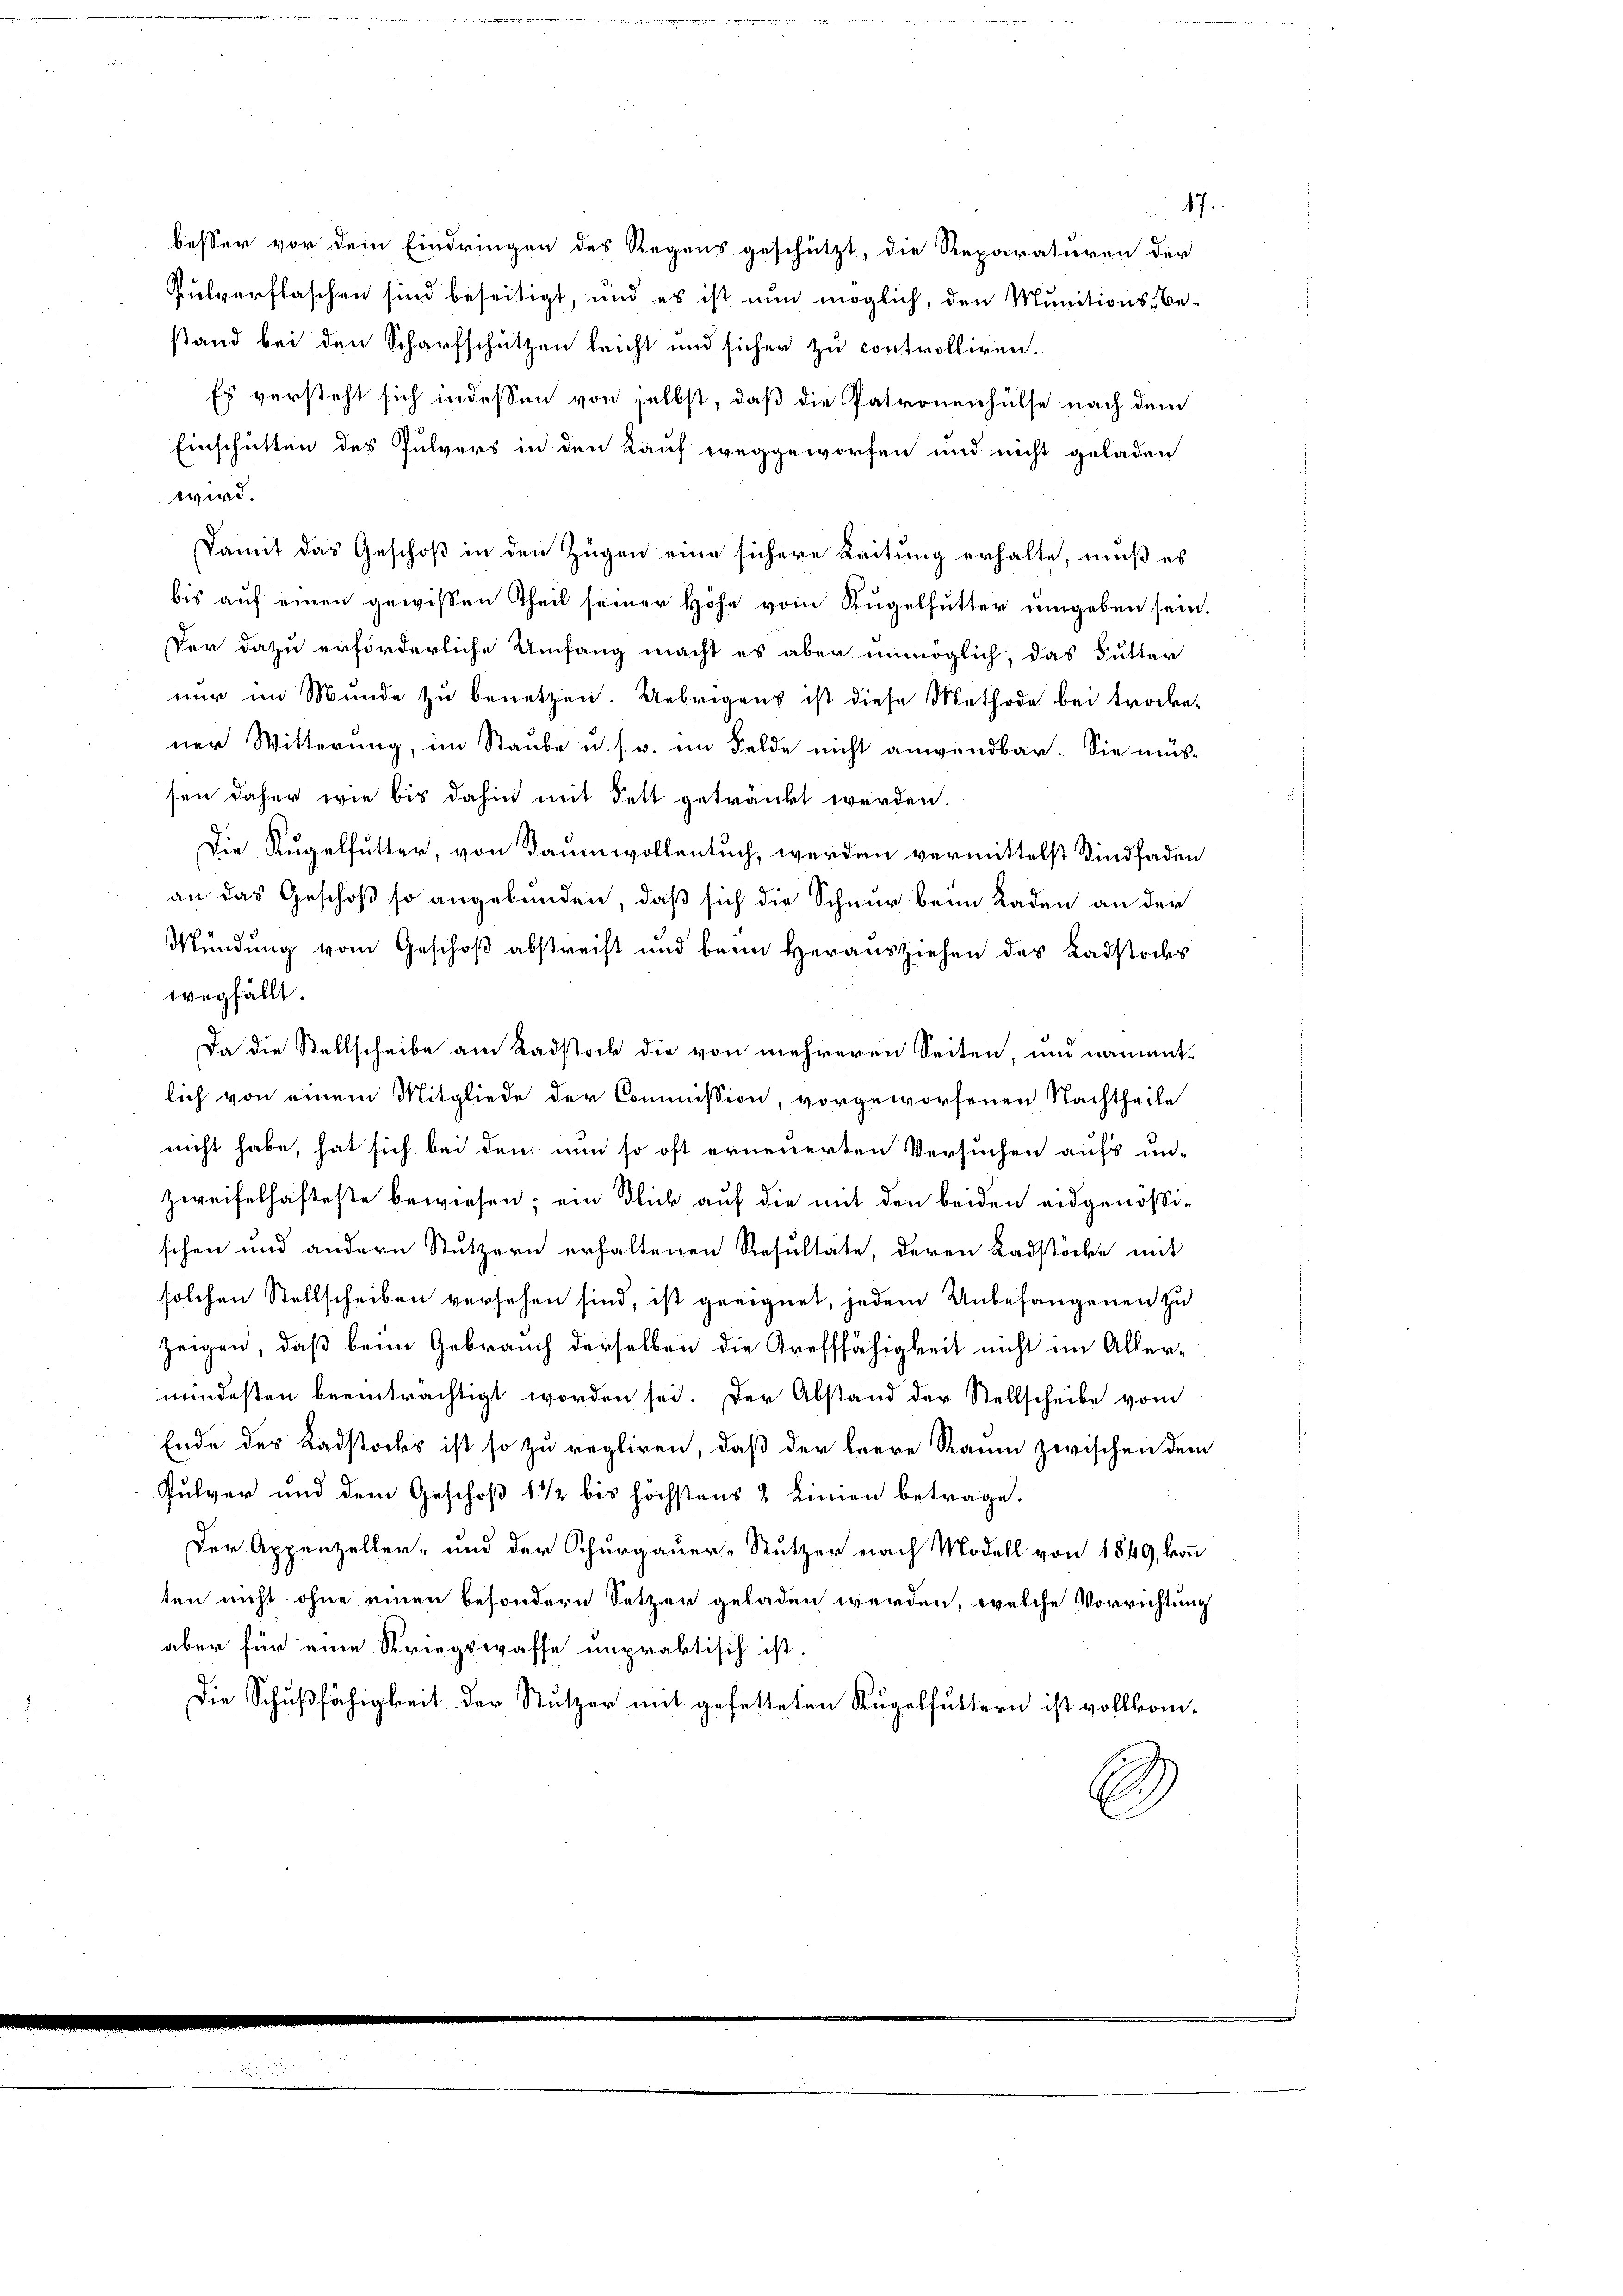
besser vor dem Eindringen des Regens geschützt, die Reparaturen der
Pulverflaschen sind beseitigt, und es ist nun möglich, den Munitions-Be-
stand bei den Scharfschützen leicht und sicher zu controlliren.
Es versteht sich in dessen von selbst, daß die Patronenhülfe nach dem
Einschütten des Pulvers in den Kauf weggeworfen und nicht geladen
wird.
Damit das Geschoß in den Zügen eine sichere Leitung erhalte, muß es
bis auf einen gewissen Theil seiner Höhe vom Kugelfutter umgeben sein.
Ver dazu erforderliche Umfang macht es aber unmöglich, das Futter
nur im Munde zu benetzen. Uebrigens ist diese Methode bei trocke-
ner Witterung, im Staube u. s. w. im Felde nicht anwendbar. Sie müssen daher wie bis dahin mit Fett getränkt werden.
Die Kugelfutter, von Baumwollentuch, werden vermittelst Kindfaden
an das Geschoß so angebunden, daß sich die Schnur beim Laden an der
Mündung vom Geschoß abstreift und beim Herausziehen des Badstockes
wegfällt.
Da die Stellscheibe am Radstock die von mehreren Seiten, und namentlich von einem Mitgliede der Commission, vorgeworfenen Nachtheile
nicht habe, hat sich bei den nun so oft erneuerten Versuchen aufs un-
zweifelhafteste bewiesen; ein Blick auf die mit den beiden eidgenößischen und andern Stutzern erhaltenen Resultäte, deren Ladstöcke mit
solchen Stellscheiben versehen sind, ist geeignet, jedem Unbefangenen zu
zeigen, daß beim Gebrauch derselben die Trefffähigkeit nicht im Allermindesten beeinträchtigt worden sei. Der Abstand der Stellscheibe vom
Ende des Kadstocks ist so zu regliren, daß der leere Raum zwischen dem
Pulver und dem Geschoß 1 1/2 bis höchstens 2 Linien betrage.
Der Appenzeller- und der Schurgauer-Stutzer nach Modell von 1849, konn
ten nicht ohne einen besondern Setzer geladen werden, welche Vorrichtung
aber für eine Kriegswaffe unpraktisch ist.
Die Schußfähigkeit der Stutzer mit gefetteten Kugelfuttern ist vollkom-

47.